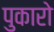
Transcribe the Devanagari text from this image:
पुकारो